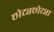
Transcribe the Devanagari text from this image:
छोट्यछोट्या